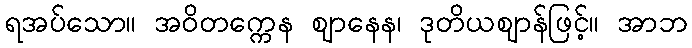
ရအပ်သော။ အဝိတက္ကေန ဈာနေန၊ ဒုတိယဈာန်ဖြင့်။ အာဘ